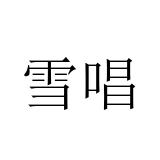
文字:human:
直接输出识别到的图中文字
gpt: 雪唱